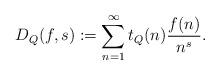
LaTeX: \begin{align*} D_Q(f,s):=\sum_{n=1}^{\infty} t_Q(n) \frac{f(n)}{n^s}.\end{align*}